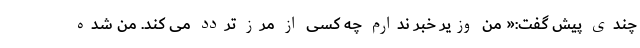
چندی پیش گفت:« منِ وزیر خبر ندارم چه کسی از مرز تردد می کند. من شده